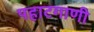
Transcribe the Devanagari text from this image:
पहाटगाणी